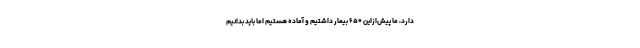
دارد، ما پیش‌ازاین ۶۵۰ بیمار داشتیم و آماده هستیم اما باید بدانیم